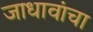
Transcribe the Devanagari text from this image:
जाधावांचा